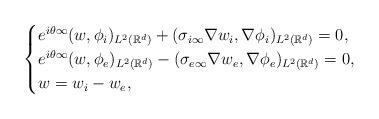
LaTeX: \begin{align*}\begin{cases}e^{i\theta\infty}(w,\phi_i)_{L^2(\mathbb{R}^d)}+(\sigma_{i\infty}\nabla w_i,\nabla\phi_i)_{L^2(\mathbb{R}^d)}=0, \\e^{i\theta\infty}(w,\phi_e)_{L^2(\mathbb{R}^d)}-(\sigma_{e\infty}\nabla w_e,\nabla\phi_e)_{L^2(\mathbb{R}^d)}=0, \\w=w_i-w_e, \end{cases}\end{align*}